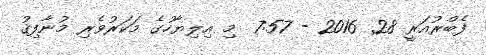
ފެބްރުއަރީ 28